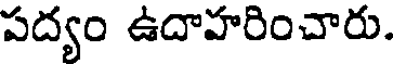
పద్యం ఉదాహరించారు.